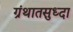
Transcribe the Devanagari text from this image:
ग्रंथातसुध्दा